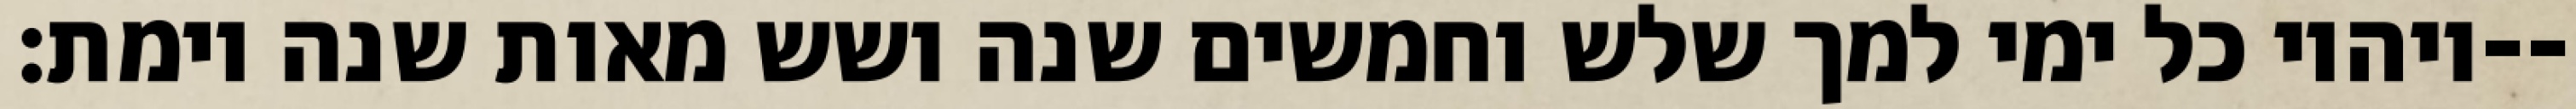
ויהיו כל ימי למך שלש וחמשים שנה ושש מאות שנה וימת׃--